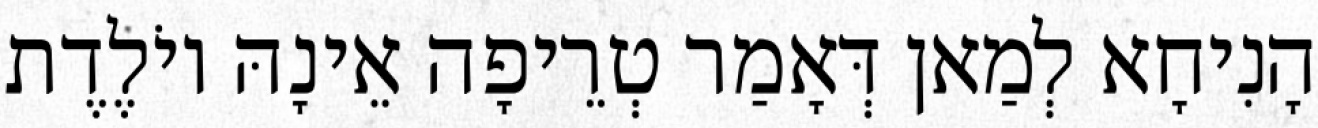
הָנִיחָא לְמַאן דְּאָמַר טְרֵיפָה אֵינָהּ יוֹלֶדֶת